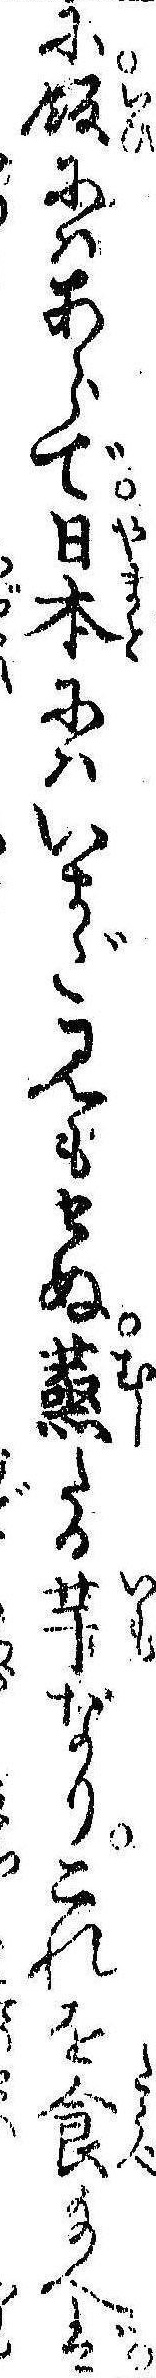
に飯にはあらで日本にはいまだ見もせぬ蒸たる芋なりこれを食給へば